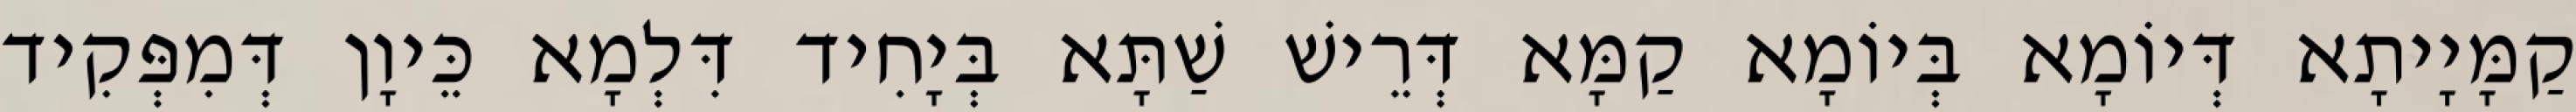
קַמָּיָיתָא דְּיוֹמָא בְּיוֹמָא קַמָּא דְּרֵישׁ שַׁתָּא בְּיָחִיד דִּלְמָא כֵּיוָן דְּמִפְּקִיד